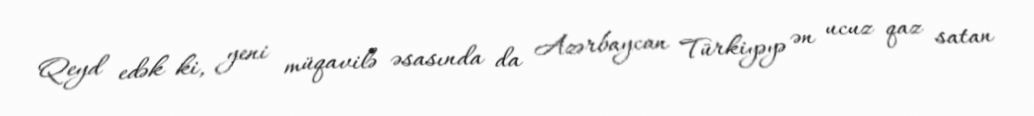
Qeyd edək ki, yeni müqavilə əsasında da Azərbaycan Türkiyəyə ən ucuz qaz satan